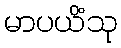
မာပယိံသု